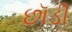
છૉડી